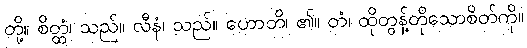
တို့။ စိတ္တံ၊ သည်။ လီနံ၊ သည်။ ဟောတိ၊ ၏။ တံ၊ ထိုတွန့်တိုသောစိတ်ကို။